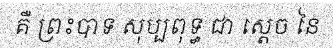
គឺ ព្រះបាទ សុប្បពុទ្ធ ជា ស្តេច នៃ